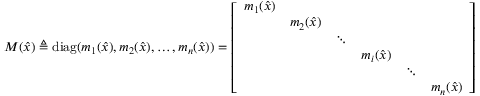
M ( { \hat { x } } ) \triangleq \operatorname { d i a g } ( m _ { 1 } ( { \hat { x } } ) , m _ { 2 } ( { \hat { x } } ) , \ldots , m _ { n } ( { \hat { x } } ) ) = { \left[ \begin{array} { l l l l l l } { m _ { 1 } ( { \hat { x } } ) } & & & & & \\ & { m _ { 2 } ( { \hat { x } } ) } & & & & \\ & & { \ddots } & & & \\ & & & { m _ { i } ( { \hat { x } } ) } & & \\ & & & & { \ddots } & \\ & & & & & { m _ { n } ( { \hat { x } } ) } \end{array} \right] }